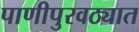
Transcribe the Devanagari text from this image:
पाणीपुरवठ्यात